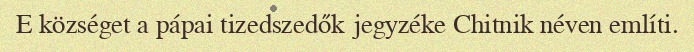
E községet a pápai tizedszedők jegyzéke Chitnik néven említi.